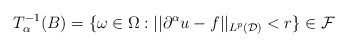
\begin{align*} T_{\alpha}^{-1}(B) = \{\omega\in \Omega : ||\partial^{\alpha}u-f||_{L^p(\mathcal{D})} < r \} \in \mathcal{F}\end{align*}